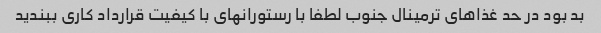
بد بود در حد غذاهای ترمینال جنوب لطفا با رستورانهای با کیفیت قرارداد کاری ببندید